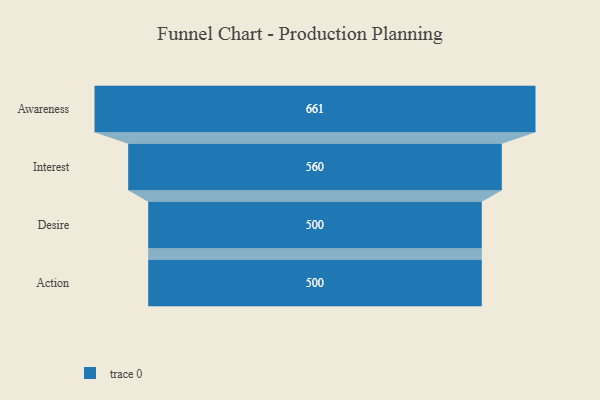
{"axis": {"x": "Stage", "y": "Value"}, "legend": [""], "data": [{"x": "Awareness", "y": 661.0, "type": ""}, {"x": "Interest", "y": 560.0, "type": ""}, {"x": "Desire", "y": 500, "type": ""}, {"x": "Action", "y": 500, "type": ""}]}